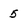
Character: 5